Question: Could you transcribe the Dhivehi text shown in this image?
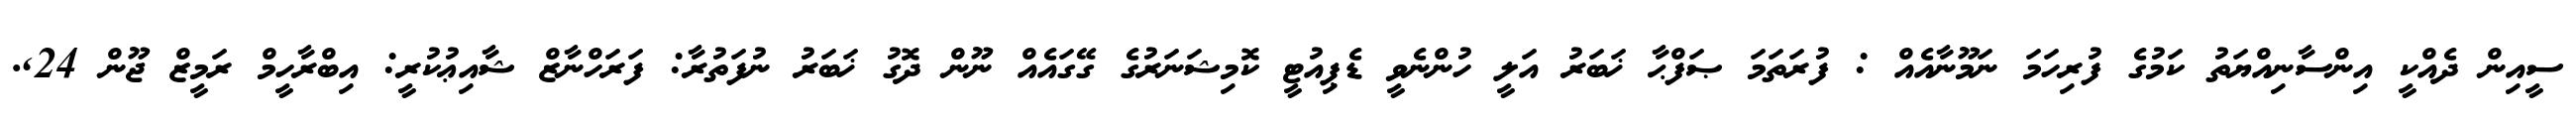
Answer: ސީއިން ދެއްކީ އިންސާނިއްޔަތު ކަމުގެ ފުރިހަމަ ނަމޫނާއެއް : ފުރަތަމަ ޞަފްޙާ ޚަބަރު އަލީ ހުންނެވީ ޑެޕިއުޓީ ކޮމިޝަނަރުގެ ގޭގައެއް ނޫން ދޮގު ޚަބަރު ނުފަތުރާ: ފަރަހްނާޒް ޝާއިޢުކުރީ: އިބްރާހީމް ރަމީޒް ޖޫން 24,.